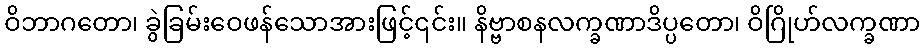
ဝိဘာဂတော၊ ခွဲခြမ်းဝေဖန်သောအားဖြင့်၎င်း။ နိဗ္ဗာစနလက္ခဏာဒိပ္ပတော၊ ဝိဂြိုဟ်လက္ခဏာ